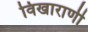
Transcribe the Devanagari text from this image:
विखाराणी